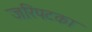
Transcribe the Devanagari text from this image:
जरिपटका